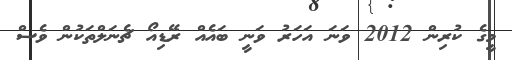
މީގެ ކުރިން 2012 ވަނަ އަހަރު ވަނީ ބައެއް ރޭޑިއޯ ޗެނަލްތަކުން ވެސް